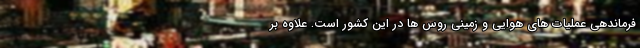
فرماندهی عملیات های هوایی و زمینی روس ها در این کشور است. علاوه بر